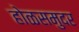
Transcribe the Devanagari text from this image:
होळसमुदर